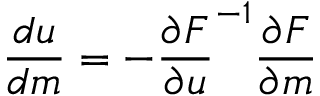
\frac { d u } { d m } = - \frac { \partial F } { \partial u } ^ { - 1 } \frac { \partial F } { \partial m }